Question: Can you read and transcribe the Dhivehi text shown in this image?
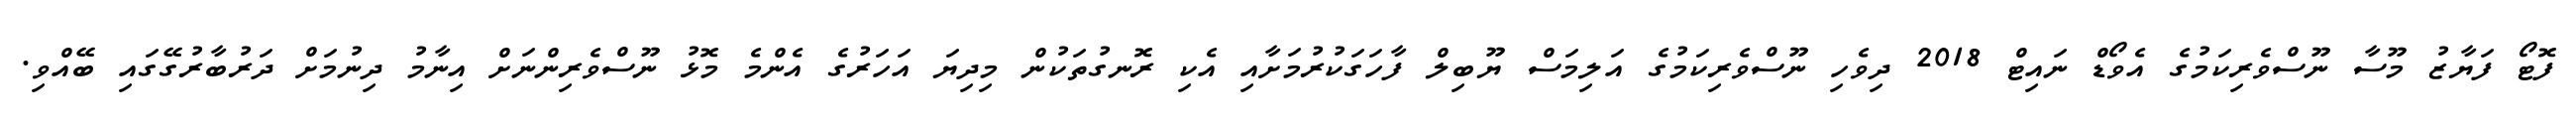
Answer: ފޮޓޯ ފަޔާޒު މޫސާ ނޫސްވެރިކަމުގެ އެވޯޑް ނައިޓް 2018 ދިވެހި ނޫސްވެރިކަމުގެ އަލިމަސް ޔޫބިލް ފާހަގަކުރުމަށާއި އެކި ރޮނގުތަކުން މިދިޔަ އަހަރުގެ އެންމެ މޮޅު ނޫސްވެރިންނަށް އިނާމު ދިނުމަށް ދަރުބާރުގޭގައި ބޭއްވި.